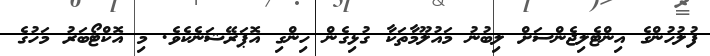
ފުލުހުންގެ އިންޓެލިޖެންސަށް ލިބުނު މައުލޫމާތަކާ ގުޅިގެން ހިންގި އޮޕަރޭޝަނެކެވެ. މި އޮކްޓޯބަރު މަހުގެ